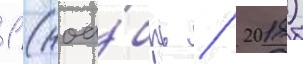
1 (ноа́брь / 2018)